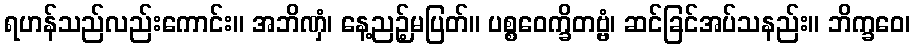
ရဟန်သည်လည်းကောင်း။ အဘိဏှံ၊ နေ့ညဉ့်မပြတ်။ ပစ္စဝေက္ခိတဗ္ဗံ၊ ဆင်ခြင်အပ်သနည်း။ ဘိက္ခဝေ၊